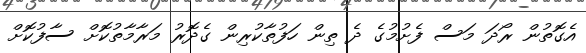
އެގޮތުން ރޯދަ މަސް ފެށުމުގެ ދެ ތިން ހަފުތާކުރިން ގެދޮރު މަރާމާތުކޮށް ސާފުކޮށް